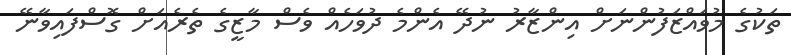
ތަކުގެ މުވައްޒަފުންނަށް އިންޒާރު ނުދޭ އެންމެ ދުވަހެއް ވެސް މާޒީގެ ތެރެއަށް ގޮސްފައިވާނޭ